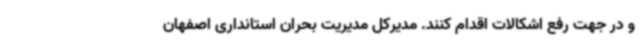
و در جهت رفع اشکالات اقدام کنند. مدیرکل مدیریت بحران استانداری اصفهان